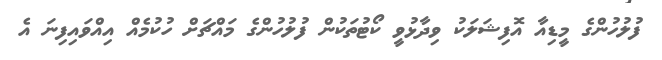
ފުލުހުންގެ މީޑިއާ އޮފިޝަލަކު ވިދާޅުވީ ކޯޓުތަކުން ފުލުހުންގެ މައްޗަށް ހުކުމެއް އިއްވައިފިނަ އެ